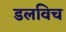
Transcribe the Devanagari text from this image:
डलविच